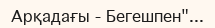
Арқадағы - Бегешпен"...